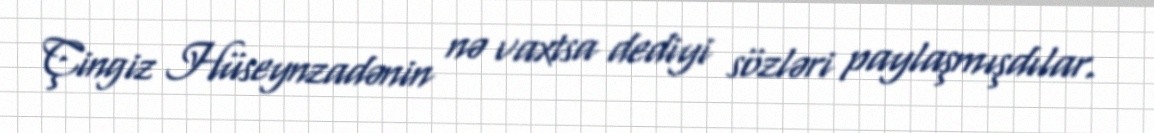
Çingiz Hüseynzadənin nə vaxtsa dediyi sözləri paylaşmışdılar.